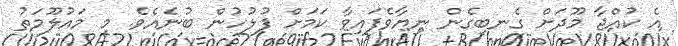
އެ ކުއްޖާ މޫދަށް ގެނބިގެން ނިޔާވެފައިވާ ކަމަށް ފުލުހުން ބުނެއެވެ. މި މައުލޫމަތު